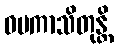
ဝပကာသိတုန္တိ